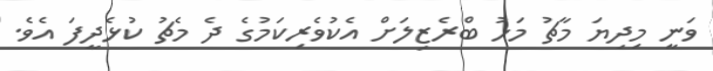
ވަނީ މިދިޔަ މާޗު މަހު ބްރެޒިލަށް އެކުވެރިކަމުގެ ދެ މެޗު ކުޅެދީފަ އެވެ.